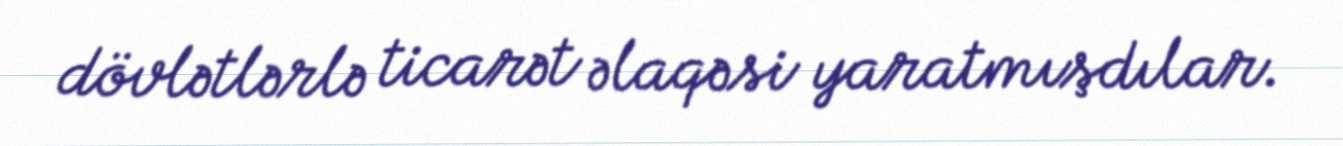
dövlətlərlə ticarət əlaqəsi yaratmışdılar.